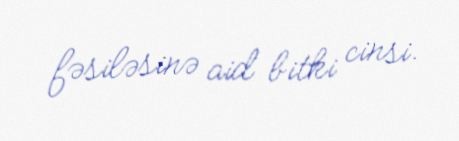
fəsiləsinə aid bitki cinsi.